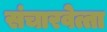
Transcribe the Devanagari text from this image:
संचारवेत्ता